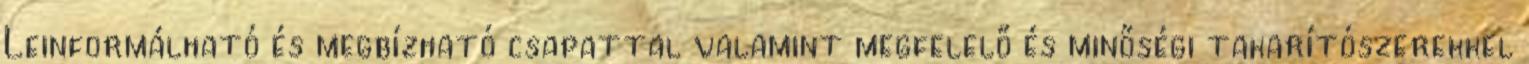
Leinformálható és megbízható csapattal valamint megfelelő és minőségi takarítószerekkel